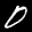
Label: 0